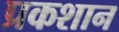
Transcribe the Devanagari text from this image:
प्रकशान